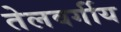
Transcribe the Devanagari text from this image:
तेलवर्गीय